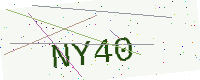
Text: NY40